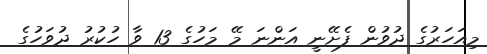
މިއަހަރުގެ ދުވުން ފެށޭނީ އަންނަ މޭ މަހުގެ 13 ވާ ހުކުރު ދުވަހުގެ